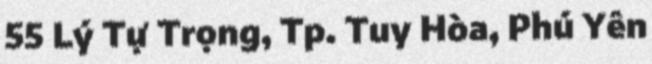
55 Lý Tự Trọng, Tp. Tuy Hòa, Phú Yên